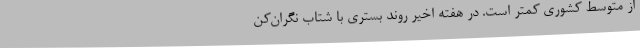
از متوسط کشوری کمتر است. در هفته اخیر روند بستری با شتاب نگران‌کن